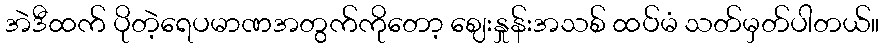
အဲဒီထက် ပိုတဲ့ရေပမာဏအတွက်ကိုတော့ ဈေးနှုန်းအသစ် ထပ်မံ သတ်မှတ်ပါတယ်။